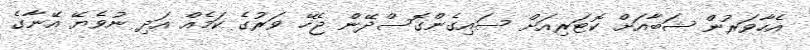
އެހާވަރުން ޝަބާއަށް ކޮޓަރިއަށް ސައިގެންގޮސްދޭން ޖެހޭ ވަރުގެ ކަމެއް އަދި ނުވެޔޭ އޭނާގެ